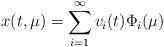
LaTeX: \begin{align*} x(t,\mu) = \sum_{i=1}^{\infty} v_i(t) \Phi_i(\mu)\end{align*}